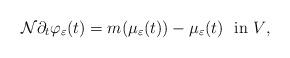
LaTeX: \begin{align*} \mathcal{N}\partial_t \varphi_{\varepsilon} (t) = m(\mu_{\varepsilon}(t)) - \mu_{\varepsilon}(t) \ \ \textrm{in $V$,}\end{align*}